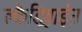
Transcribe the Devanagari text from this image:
क्लैड्रिबाईन